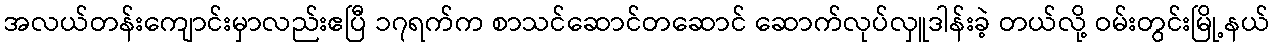
အလယ်တန်းကျောင်းမှာလည်းဧပြီ ၁၇ရက်က စာသင်ဆောင်တဆောင် ဆောက်လုပ်လှူဒါန်းခဲ့ တယ်လို့ ဝမ်းတွင်းမြို့နယ်